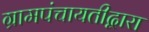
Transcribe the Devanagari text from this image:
ग्रामपंचायतीद्वारा